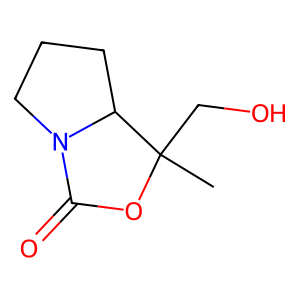
SMILES: CC1(CO)OC(=O)N2CCCC21
Inhibits HIV replication: No